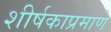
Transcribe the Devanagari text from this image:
शीर्षकाप्रमाणे